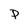
Character: P